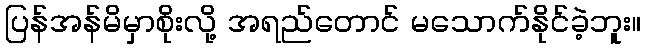
ပြန်အန်မိမှာစိုးလို့ အရည်တောင် မသောက်နိုင်ခဲ့ဘူး။